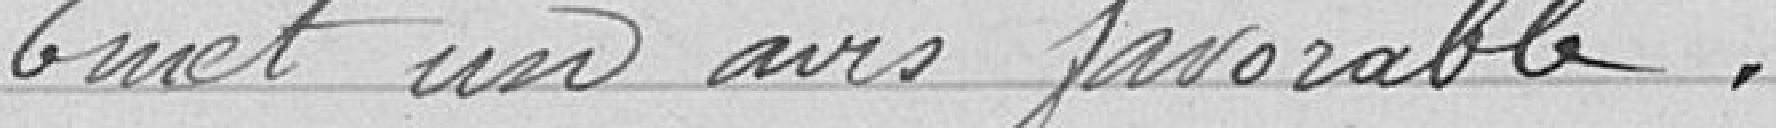
Emet un avis favorable.